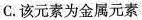
C.该元素为金属元素